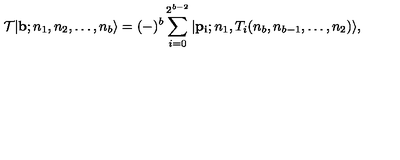
{ \cal T } | { \bf b } ; n _ { 1 } , n _ { 2 } , \ldots , n _ { b } \rangle = ( - ) ^ { b } \sum _ { i = 0 } ^ { 2 ^ { b - 2 } } | { \bf p _ { i } } ; n _ { 1 } , T _ { i } ( n _ { b } , n _ { b - 1 } , \ldots , n _ { 2 } ) \rangle ,